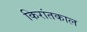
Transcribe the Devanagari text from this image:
किरांतकाल